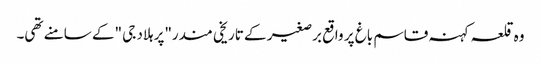
وہ قلعہ کہنہ قاسم باغ پر واقع برصغیر کے تاریخی مندر"پرہلاد جی "کے سامنے تھی۔